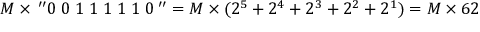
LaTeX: M \times \, ^ { \prime \prime } 0 \; 0 \; 1 \; 1 \; 1 \; 1 \; 1 \; 0 \, ^ { \prime \prime } = M \times ( 2 ^ { 5 } + 2 ^ { 4 } + 2 ^ { 3 } + 2 ^ { 2 } + 2 ^ { 1 } ) = M \times 6 2